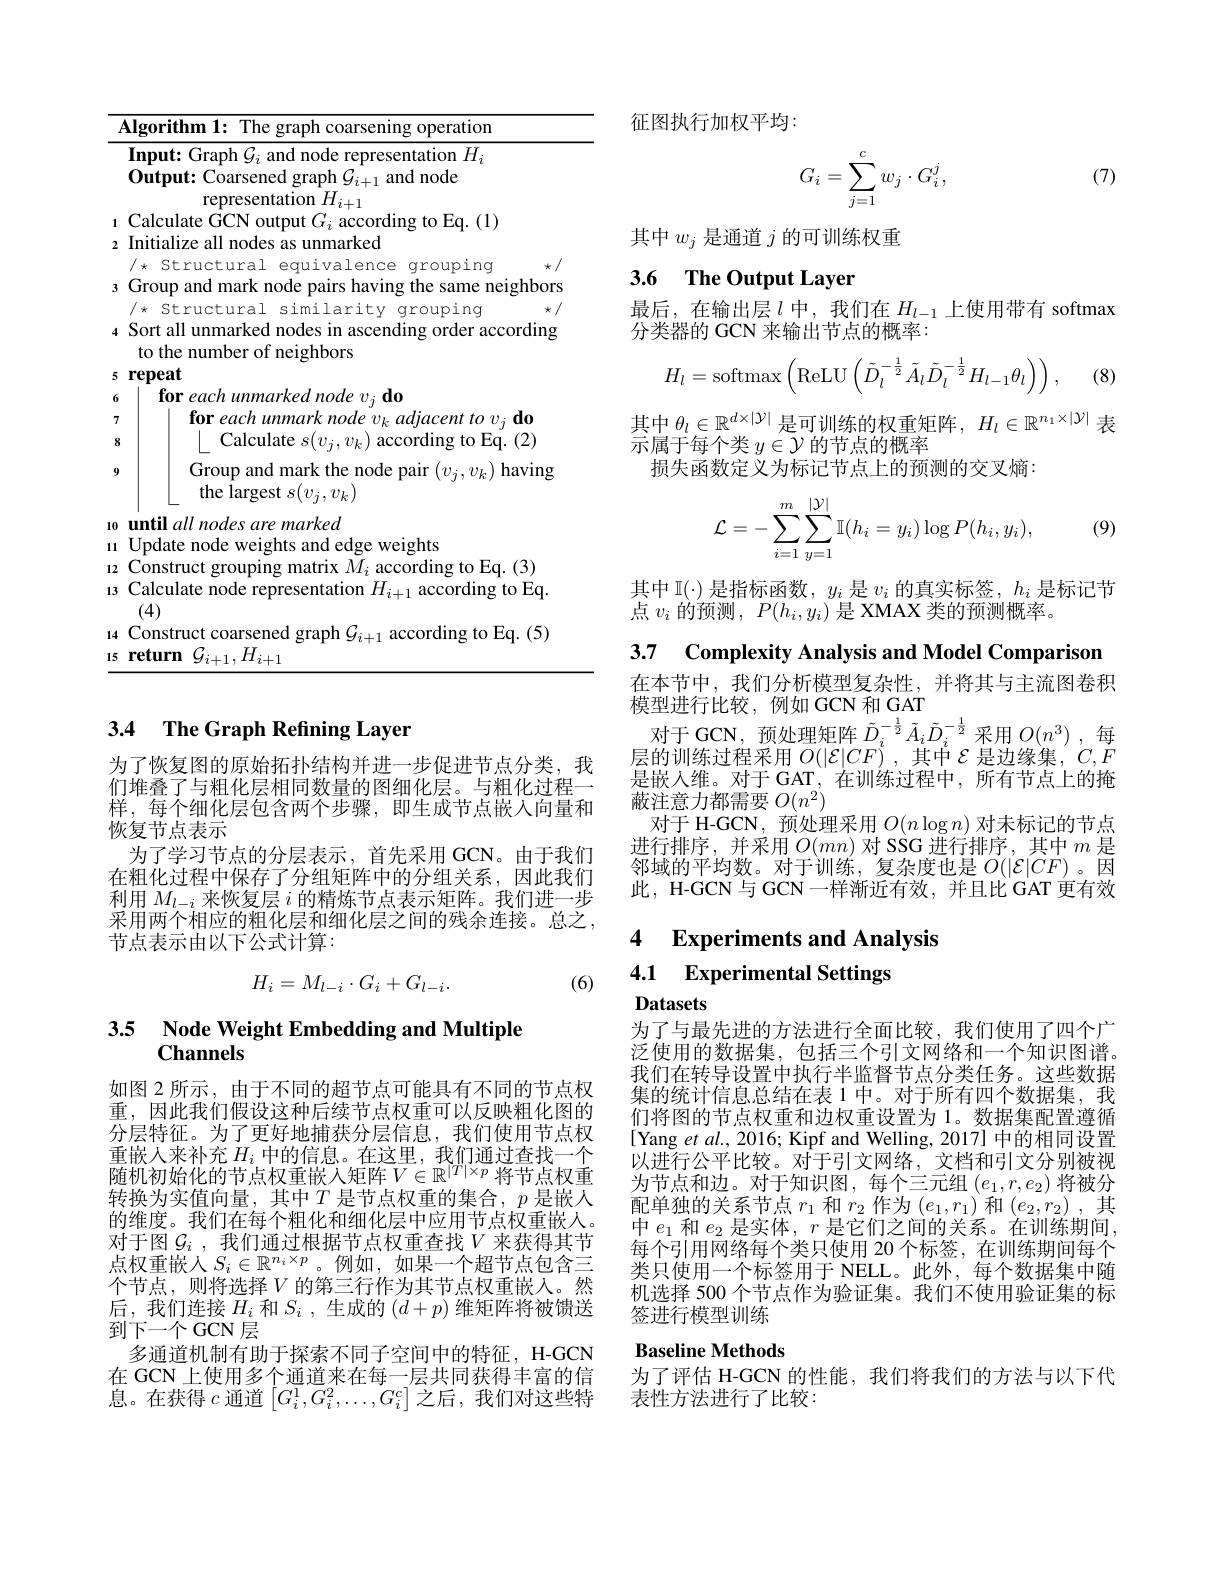
<table>
	<tbody>
		<tr>
			<td> </td>
			<td> </td>
		</tr>
		<tr>
			<td>1 2</td>
			<td> </td>
		</tr>
		<tr>
			<td>3</td>
			<td>火 ghbors</td>
		</tr>
		<tr>
			<td>N</td>
			<td>IIUUI $\star$</td>
		</tr>
		<tr>
			<td>4</td>
			<td>$\operatorname{ramg}$</td>
		</tr>
		<tr>
			<td>5</td>
			<td> </td>
		</tr>
		<tr>
			<td>1 7 8</td>
			<td>$d_{0}$</td>
		</tr>
		<tr>
			<td>8</td>
			<td>(2) $\frac{1}{2}=\frac{1}{2}=\frac{1}{2}$ $\frac{1}{2}=\frac{1}{2}=\frac{1}{2}$ $\frac{1}{2}=\frac{1}{2}=\frac{1}{2}$</td>
		</tr>
		<tr>
			<td>9</td>
			<td>aving</td>
		</tr>
		<tr>
			<td>10</td>
			<td> </td>
		</tr>
		<tr>
			<td>111 $\frac{1}{2}=\frac{1}{2}=\frac{1}{2}$</td>
			<td> </td>
		</tr>
		<tr>
			<td>12</td>
			<td>3) 1</td>
		</tr>
		<tr>
			<td>13</td>
			<td>$Eq.$ $D$</td>
		</tr>
		<tr>
			<td>14 15</td>
			<td>(5) |.</td>
		</tr>
	</tbody>
</table>

### 3.4 The Graph Refining Layer

为了恢复图的原始拓扑结构并进一步促进节点分类，我们堆叠了与粗化层相同数量的图细化层。与粗化过程一样，每个细化层包含两个步骤，即生成节点嵌入向量和恢复节点表示
为了学习节点的分层表示，首先采用 GCN。由于我们在粗化过程中保存了分组矩阵中的分组关系，因此我们利用$M_{l-i}$来恢复层$i$的精炼节点表示矩阵。我们进一步采用两个相应的粗化层和细化层之间的残余连接。总之， 节点表示由以下公式计算：
$$H_i=M_{l-i}\cdot G_i+G_{l-i}.$$
(6)

# 3.5 Node Weight Embedding and Multiple Channels

如图 2 所示，由于不同的超节点可能具有不同的节点权重，因此我们假设这种后续节点权重可以反映粗化图的分层特征。为了更好地捕获分层信息，我们使用节点权重嵌入来补充$H_i$中的信息。在这里，我们通过查找一个随机初始化的节点权重嵌入矩阵$V\in\mathbb{R}^|T|\times p$ 将节点权重转换为实值向量，其中$T$ 是节点权重的集合，$p$ 是嵌人的维度。我们在每个粗化和细化层中应用节点权重嵌人。对于图$\mathcal{G}_i$ ,我们通过根据节点权重查找$V$ 来获得其节点权重嵌入$S_i\in\mathbb{R}^{n_i\times p}$。例如 ,如果一个超节点包含三个节点，则将选择$V$ 的第三行作为其节点权重嵌人。然后，我们连接$H_i$ 和$S_i$ ,生成的 $(d+p)$ 维矩阵将被馈送到下一个 GCN 层
多通道机制有助于探索不同子空间中的特征，H-GCN 在 GCN 上使用多个通道来在每一层共同获得丰富的信息。在获得 $c$ 通道$\left[G_i^1,G_i^2,\ldots,G_i^c\right]$之后，我们对这些特

征图执行加权平均：

(7)
$$G_i=\sum_{j=1}^cw_j\cdot G_i^j,$$
其中$w_j$是通道$j$的可训练权重

# 3.6 The Output Layer

最后，在输出层$l$中，我们在$H_l-1$上使用带有 softmax
分类器的 GCN 来输出节点的概率：
$$H_l=\mathrm{softmax}\left(\mathrm{ReLU}\left(\tilde{D}_l^{-\frac{1}{2}}\tilde{A}_l\tilde{D}_l^{-\frac{1}{2}}H_{l-1}\theta_l\right)\right),$$
(8)

其中$\theta_l\in\mathbb{R}^{d\times|\mathcal{Y}|}$是可训练的权重矩阵，$H_l\in\mathbb{R}^{n_1\times|\mathcal{Y}|}$表
示属于每个类$y\in\mathcal{Y}$的节点的概率
损失函数定义为标记节点上的预测的交叉熵：
$$\mathcal{L}=-\sum_{i=1}^m\sum_{y=1}^{|\mathcal{Y}|}\mathbb{I}(h_i=y_i)\log P(h_i,y_i),$$
(9)

其中 I(·) 是指标函数，$y_i$是$v_i$的真实标签，$h_i$是标记节
点$v_i$的预测$,~P(h_i,y_i)$是 XMAX 类的预测概率。

3.7 $\textbf{Complexity Analysis and Model Comparison}$

在本节中，我们分析模型复杂性，并将其与主流图卷积
模型进行比较，例如 GCN 和 GAT
对于GCN，预处理矩阵$\tilde{D}_i^{-\frac12}\tilde{A}_i\tilde{D}_i^{-\frac12}$采用$O(n^3)$ ,每层的训练过程采用$O(|\mathcal{E}|CF)^i$,其中$\mathcal{E}$是边缘集$,C,F$ 是嵌入维。对于GAT，在训练过程中，所有节点上的掩蔽注意力都需要$O(n^2)$
对于 H-GCN, 预处理采用$O(n\log n)$对未标记的节点进行排序，并采用$O(mn)$对 SSG 进行排序，其中 $m$ 是邻域的平均数。对于训练，复杂度也是$O(|\mathcal{E}|CF)$。因此，H-GCN 与 GCN 一样渐近有效，并且比 GAT 更有效

## 4 Experiments and Analysis 4.1 Experimental Settings

Datasets
为了与最先进的方法进行全面比较，我们使用了四个广泛使用的数据集，包括三个引文网络和一个知识图谱。我们在转导设置中执行半监督节点分类任务。这些数据集的统计信息总结在表 1 中。对于所有四个数据集，我们将图的节点权重和边权重设置为 1。数据集配置遵循[Yang et al., 2016; Kipf and Welling, 2017] 中的相同设置$\tilde{\text{以进行公平比较。对于引文网络，文档和引文分别被视}}$ 为节点和边。对于知识图，每个三元组$\left(e_1,r,e_2\right)$将被分配单独的关系节点$r_1$和$r_2$作为$(e_1,r_1)$和$(e_2,r_2)$ ,其中$e_1$和$e_2$是实体，$r$是它们之间的关系。在训练期间， 每个引用网络每个类只使用 20 个标签，在训练期间每个类只使用一个标签用于 NELL。此外，每个数据集中随机选择 500 个节点作为验证集。我们不使用验证集的标签进行模型训练

## Baseline Methods

为了评估 H-GCN 的性能，我们将我们的方法与以下代
表性方法进行了比较：